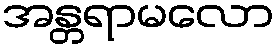
အန္တရာမလော